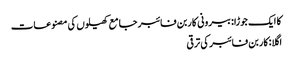
کا ایک جوڑا:بیرونی کاربن فائبر جامع کھیلوں کی مصنوعات
اگلا:کاربن فائبر کی ترقی